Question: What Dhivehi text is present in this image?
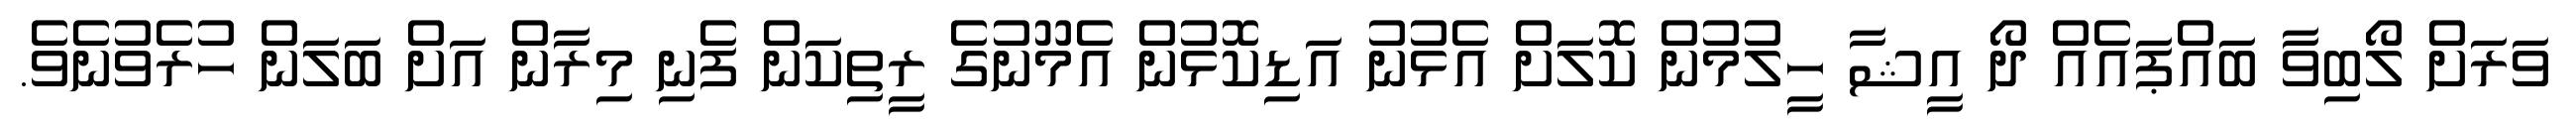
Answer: ވަރަށް ލޯބިވާ ބައްޕައެއް ދޯ އީޝާ ހީލުމުން ކޮލަށް އެޅުނު އަޑިކޮޅުން އެމޫނުގެ ރީތިކަން ފެނި މިރާން އަށް ބަލަން ހުރެވުނެވެ.